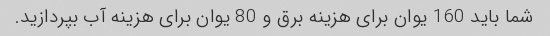
شما باید 160 یوان برای هزینه برق و 80 یوان برای هزینه آب بپردازید.